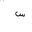
Letter: _sin